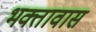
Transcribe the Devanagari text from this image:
भक्तावासं